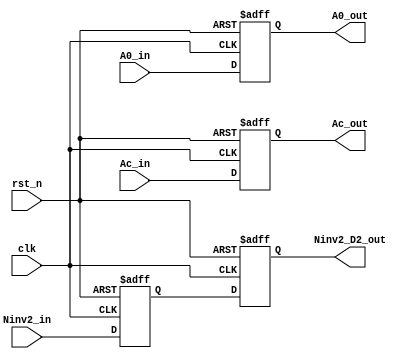
module R16_PipeReg4(A0_out,                              
					  Ac_out,                              
					  Ninv2_D2_out,                        
                    A0_in,                               
					  Ac_in,                               
					  Ninv2_in,                            
                    rst_n,                               
                    clk                                  
                    ) ;                                  
                                                         
parameter P_WIDTH     = 64 ;                             
parameter P_ZERO      = 64'h0 ;                          
parameter P1_ZERO     = 65'h0 ;                          
                                                         
                                                         
output [P_WIDTH-1:0] A0_out ;                            
output               Ac_out ;                            
output [P_WIDTH:0]   Ninv2_D2_out ;                      
                                                         
input [P_WIDTH-1:0]  A0_in ;                             
input                Ac_in ;                             
input [P_WIDTH:0]    Ninv2_in ;                          
input                rst_n ;                             
input                clk ;                               
                                                         
reg [P_WIDTH-1:0]  A0_out ;                              
reg                Ac_out ;                              
reg [P_WIDTH:0]    Ninv2_D0_reg ;                        
reg [P_WIDTH:0]    Ninv2_D2_out ;                        
                                                         
                                                         
	//Ninv2 delay 2-cycle                                  
	always @(posedge clk or negedge rst_n) begin           
		if(~rst_n) begin                                   
			A0_out <= P_ZERO ;                             
			Ac_out <= 1'b0 ;                               
			Ninv2_D0_reg <= P1_ZERO ;                      
			Ninv2_D2_out <= P1_ZERO ;                      
		end                                                
		else begin                                         
			A0_out <= A0_in ;                              
			Ac_out <= Ac_in ;                              
			Ninv2_D0_reg <= Ninv2_in ;                     
			Ninv2_D2_out <= Ninv2_D0_reg ;                 
		end                                                
	end                                                    
                                                         
endmodule